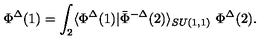
\Phi ^ { \Delta } ( 1 ) = \int _ { 2 } \langle \Phi ^ { \Delta } ( 1 ) | \bar { \Phi } ^ { - \Delta } ( 2 ) \rangle _ { S U ( 1 , 1 ) } \ \Phi ^ { \Delta } ( 2 ) .